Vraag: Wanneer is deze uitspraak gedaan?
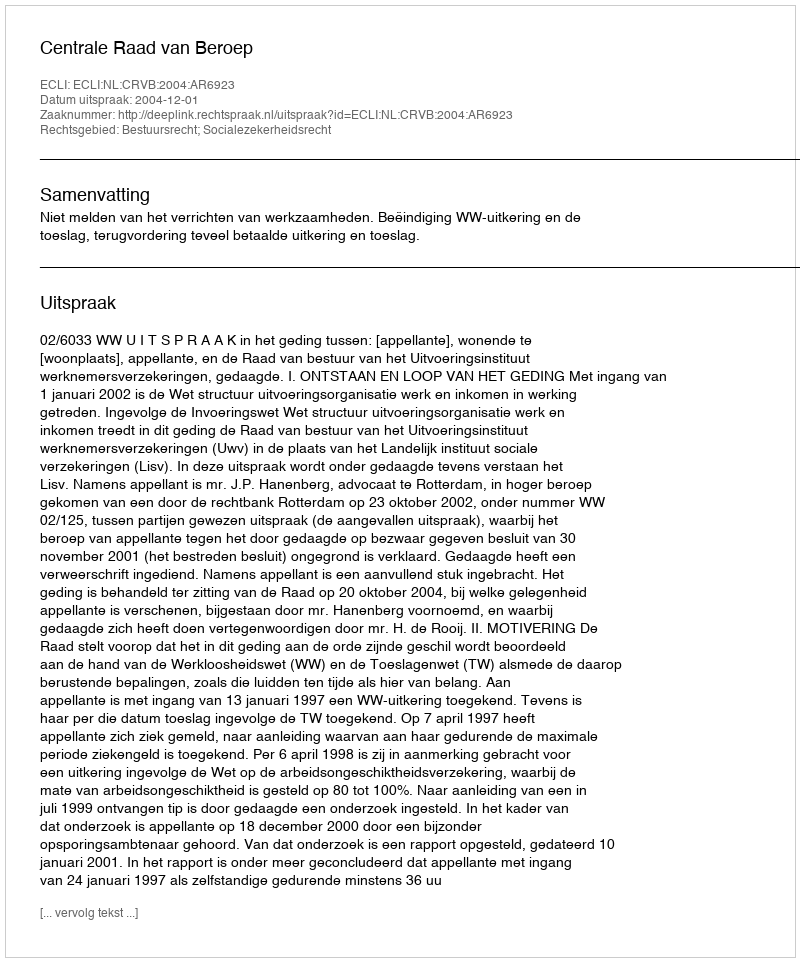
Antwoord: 2004-12-01